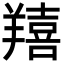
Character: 𦏔